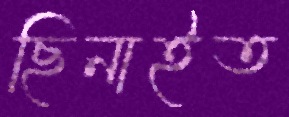
ছিনাইত